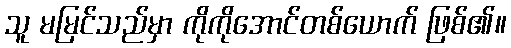
သူ မမြင်သည်မှာ ကိုကိုအောင်တစ်ယောက် ဖြစ်၏။